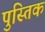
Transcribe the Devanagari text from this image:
पुस्तिक